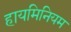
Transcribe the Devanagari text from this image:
हायमिनियम